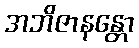
အဘိဇာနန္တော